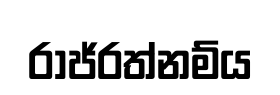
රාජ්රත්නම්ය